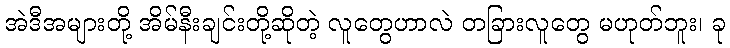
အဲဒီအများတို့ အိမ်နီးချင်းတို့ဆိုတဲ့ လူတွေဟာလဲ တခြားလူတွေ မဟုတ်ဘူး၊ ခု